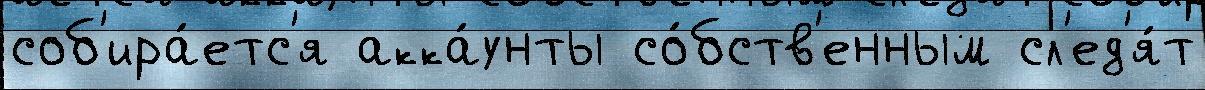
соб'ира́етс'я акка́унты со́бств'енным сл'ед'я́т